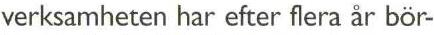
verksamheten har efter flera år bör-